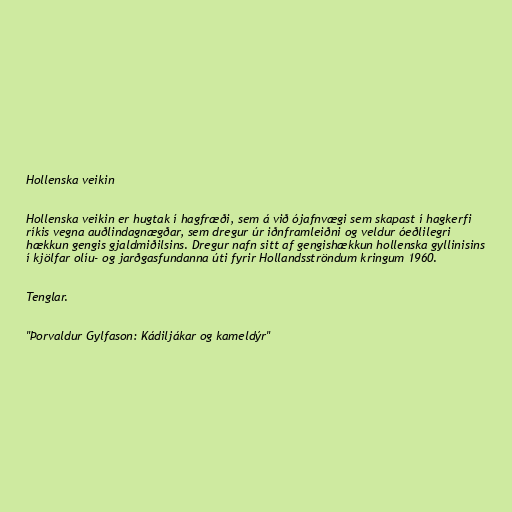
Hollenska veikin

Hollenska veikin er hugtak í hagfræði, sem á við ójafnvægi sem skapast í hagkerfi
ríkis vegna auðlindagnægðar, sem dregur úr iðnframleiðni og veldur óeðlilegri
hækkun gengis gjaldmiðilsins. Dregur nafn sitt af gengishækkun hollenska gyllinisins
í kjölfar olíu- og jarðgasfundanna úti fyrir Hollandsströndum kringum 1960.

Tenglar.

"Þorvaldur Gylfason: Kádiljákar og kameldýr"